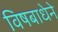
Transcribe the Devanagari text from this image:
विषबाधेने